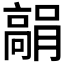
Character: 𩫘